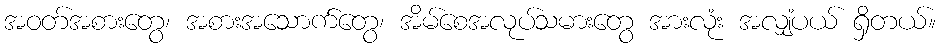
အဝတ်အစားတွေ၊ အစားအသောက်တွေ၊ အိမ်စေအလုပ်သမားတွေ အားလုံး အလျှံပယ် ရှိတယ်။